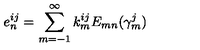
e _ { n } ^ { i j } = \sum _ { m = - 1 } ^ { \infty } k _ { m } ^ { i j } E _ { m n } ( \gamma _ { m } ^ { j } )